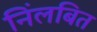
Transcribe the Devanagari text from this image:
निंलबित